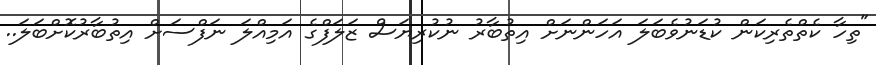
"ތިހާ ކެތްތެރިކަން ކުޑަނުވެބަލަ އަހަންނަށް އިތުބާރު ނުކުރިޔަސް ޒަލަފްގެ އަމިއްލަ ނަފްސަށް އިތުބާރުކޮށްބަލަ..